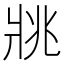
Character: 𤕷